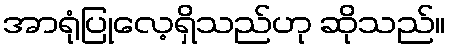
အာရုံပြုလေ့ရှိသည်ဟု ဆိုသည်။